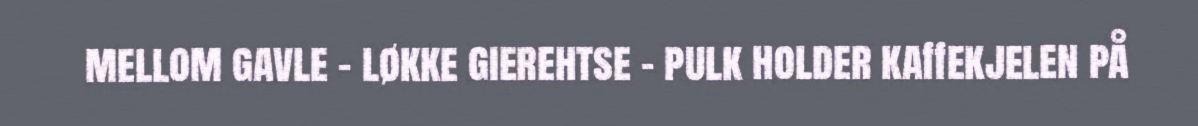
mellom gavle – løkke gierehtse – pulk holder kaffekjelen på